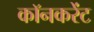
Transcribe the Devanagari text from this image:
कॉनकरेंट